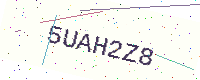
Text: 5UAH2Z8